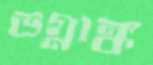
ভগ্নাঙ্ক